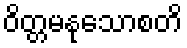
ဝိတ္တမနုသောစတိ